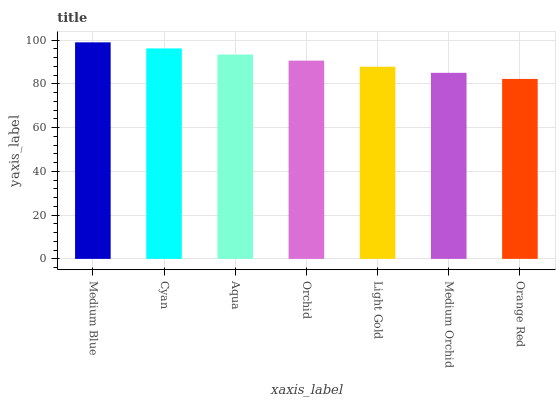
| xaxis_label | bars |
 | --- | --- |
 | Medium Blue | 99 |
 | Cyan | 96.2 |
 | Aqua | 93.4 |
 | Orchid | 90.6 |
 | Light Gold | 87.8 |
 | Medium Orchid | 85.1 |
 | Orange Red | 82.3 |